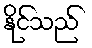
နိုင်သည်